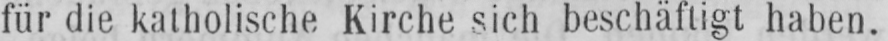
für die katholische Kirche sich beschäftigt haben.